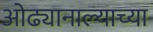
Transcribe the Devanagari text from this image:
ओढ्यानाल्याच्या